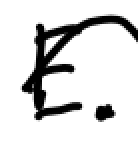
Text: E.
Cross-out: wave
Writing tool: digital_black